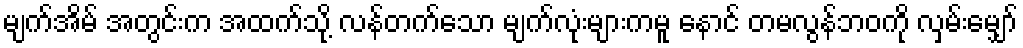
မျက်အိမ် အတွင်းက အထက်သို့ လန်တက်သော မျက်လုံးများကမူ နောင် တမလွန်ဘဝကို လှမ်းမျှော်